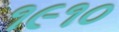
૧૯૧૦